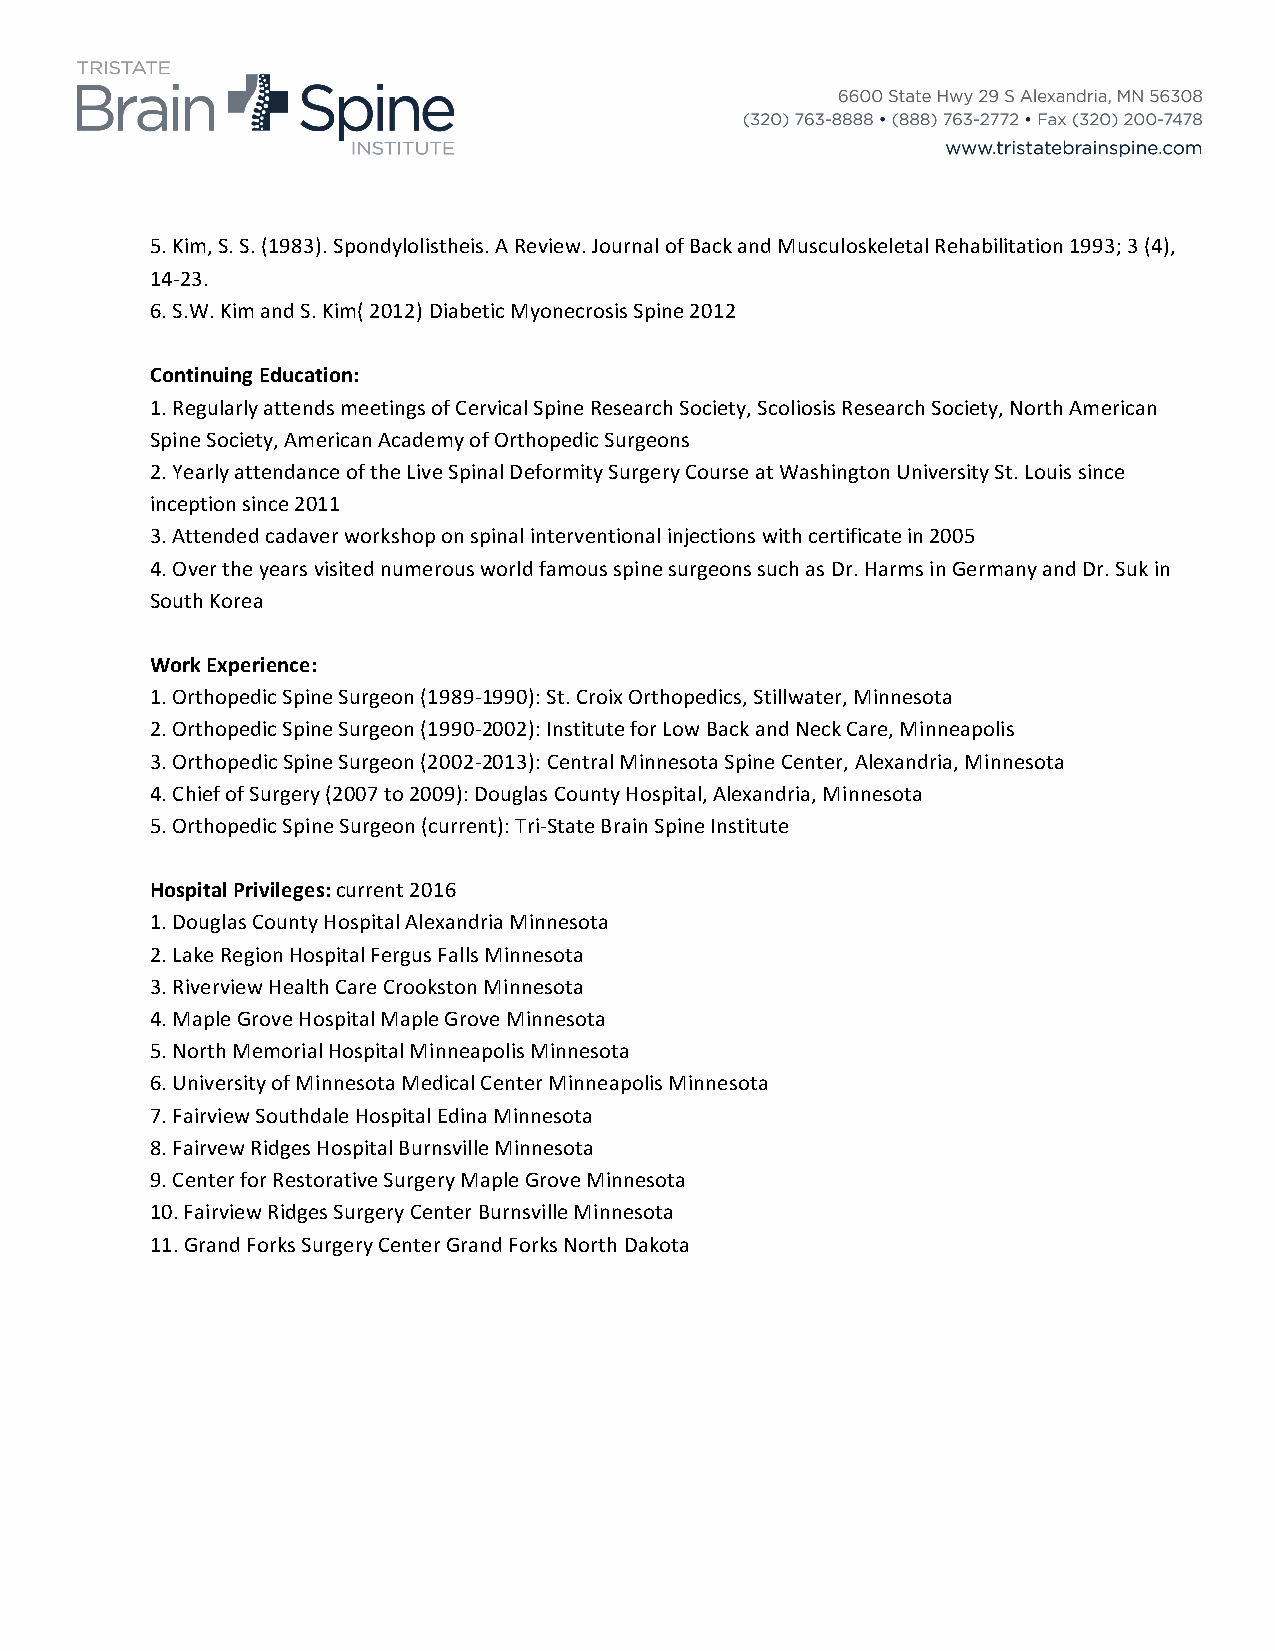
5. Kim, S. S. (1983). Spondylolistheis. A Review. Journal of Back and Musculoskeletal Rehabilitation 1993; 3 (4),
 14-­‐23.
 6. S.W. Kim and S. Kim( 2012) Diabetic Myonecrosis Spine 2012
 Continuing Education:
 1. Regularly attends meetings of Cervical Spine Research Society, Scoliosis Research Society, North American
 Spine Society, American Academy of Orthopedic Surgeons
 2. Yearly attendance of the Live Spinal Deformity Surgery Course at Washington University St. Louis since
 inception since 2011
 3. Attended cadaver workshop on spinal interventional injections with certificate in 2005
 4. Over the years visited numerous world famous spine surgeons such as Dr. Harms in Germany and Dr. Suk in
 South Korea
 Work Experience:
 1. Orthopedic Spine Surgeon (1989-­‐1990): St. Croix Orthopedics, Stillwater, Minnesota
 2. Orthopedic Spine Surgeon (1990-­‐2002): Institute for Low Back and Neck Care, Minneapolis
 3. Orthopedic Spine Surgeon (2002-­‐2013): Central Minnesota Spine Center, Alexandria, Minnesota
 4. Chief of Surgery (2007 to 2009): Douglas County Hospital, Alexandria, Minnesota
 5. Orthopedic Spine Surgeon (current): Tri-­‐State Brain Spine Institute
 Hospital Privileges: current 2016
 1. Douglas County Hospital Alexandria Minnesota
 2. Lake Region Hospital Fergus Falls Minnesota
 3. Riverview Health Care Crookston Minnesota
 4. Maple Grove Hospital Maple Grove Minnesota
 5. North Memorial Hospital Minneapolis Minnesota
 6. University of Minnesota Medical Center Minneapolis Minnesota
 7. Fairview Southdale Hospital Edina Minnesota
 8. Fairvew Ridges Hospital Burnsville Minnesota
 9. Center for Restorative Surgery Maple Grove Minnesota
 10. Fairview Ridges Surgery Center Burnsville Minnesota
 11. Grand Forks Surgery Center Grand Forks North Dakota